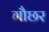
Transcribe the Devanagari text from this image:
गौछर